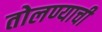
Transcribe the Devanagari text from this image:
तोलण्याची